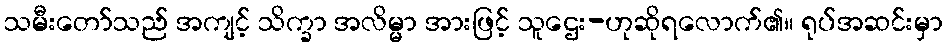
သမီးတော်သည် အကျင့် သိက္ခာ အလိမ္မာ အားဖြင့် သူဌေး-ဟုဆိုရလောက်၏။ ရုပ်အဆင်းမှာ